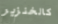
كالخنزير